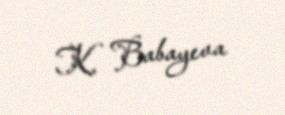
K. Babayeva